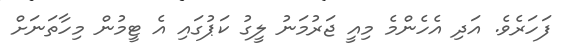
ފަހަރެވެ. އަދި އެހެންމެ މިއީ ޖަރުމަނު ލީގު ކަޕުގައި އެ ޓީމުން މިހާތަނަށް